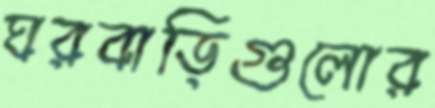
ঘরবাড়িগুলোর